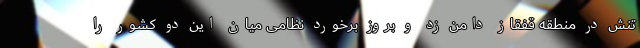
تنش در منطقه قفقاز دامن زد و بروز برخورد نظامی میان این دو کشور را